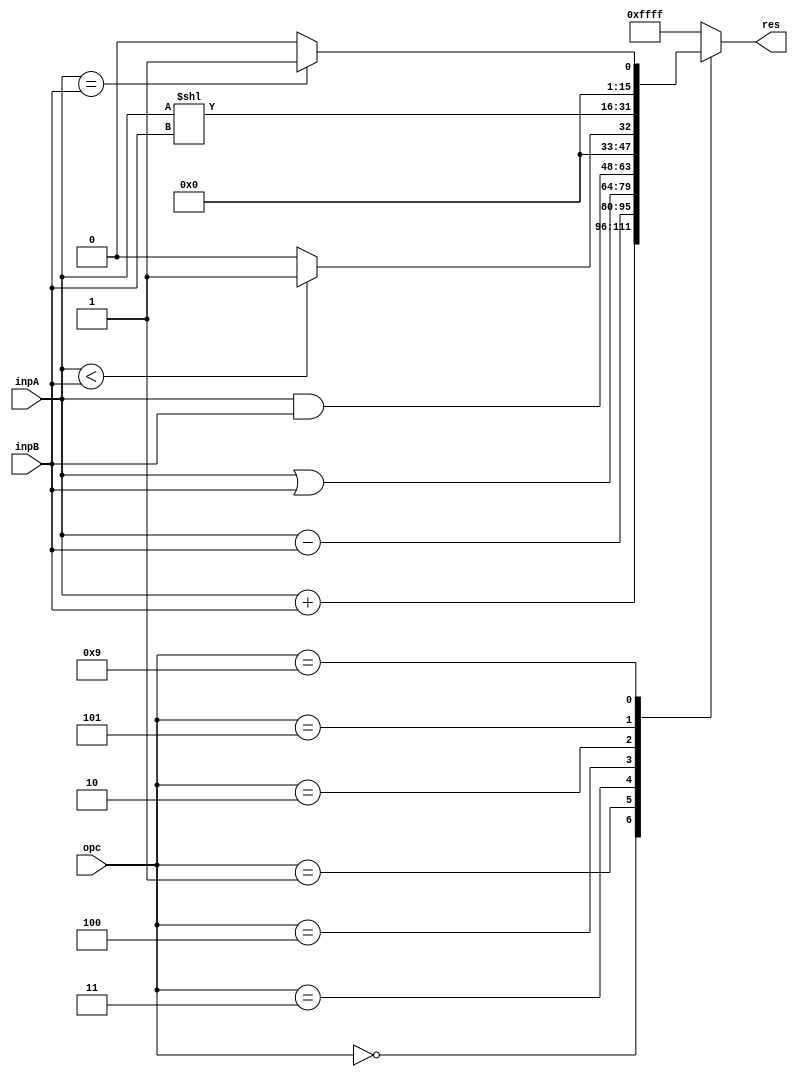
`timescale 1ns / 1ps
//////////////////////////////////////////////////////////////////////////////////
// Company: 
// Engineer: 
// 
// Design Name: 
// Module Name:    ALU 
// Project Name: 
// Target Devices: 
// Tool versions: 
// Description: 
//
// Dependencies: 
//
// Revision: 
// Revision 0.01 - File Created
// Additional Comments: 
//
//////////////////////////////////////////////////////////////////////////////////
module ALU( inpA , inpB , opc , res);
	input [15:0]inpA ;
	input [15:0]inpB ;
	input [3:0]opc ;
	output reg [15:0]res ;
	
	always @(*) begin
		
		res = 0 ;
		case (opc)
		
		4'b0000 : res = (inpA + inpB) ; // 0000 +
		4'b0001 : res = (inpA - inpB) ; // 0001 -
		4'b0011 : res = (inpA | inpB) ; // 0011 or
		4'b0100 : res = (inpA & inpB) ; // 0100 and
		4'b0010 :
			if (inpA < inpB) res = 1 ;
			else res = 0 ;
		//4'b0010 : res = (inpA < inpB) ? 1:0 ; // 0010 set less than
		4'b0101 : res = (inpA << inpB) ;// 0101 shift left
		4'b1001 :
			if (inpA == inpB) res = 1 ;
			else res = 0 ;
		default : res = -1 ; // default return value -1
		
		endcase
			
	end
endmodule